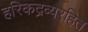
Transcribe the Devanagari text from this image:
हरिकद्रव्यरहित